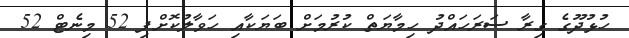
ހުޅުދޫގެ ގިރާ ސަރަހައްދު ހިމާޔަތް ކުރުމަށް ބަޔަކާއި ހަވާލުކޮށްފި 52 މިނެޓް 52